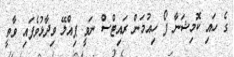
ގެ ހައި ކޮމިޝަނާ ފޯ ހިއުމަން ރައިޓްސް ނަވީ ޕިއްލޭ ވިދާޅުވެފައި ވާތީ